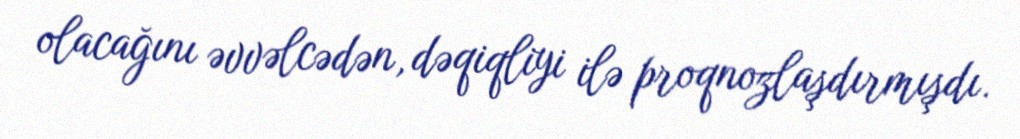
olacağını əvvəlcədən, dəqiqliyi ilə proqnozlaşdırmışdı.